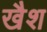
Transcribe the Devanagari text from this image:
खैश